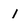
Character: I